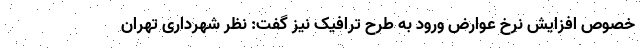
خصوص افزایش نرخ عوارض ورود به طرح ترافیک نیز گفت: نظر شهرداری تهران